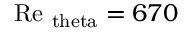
\mathrm { R e } _ { \mathrm { \ t h e t a } } = 6 7 0